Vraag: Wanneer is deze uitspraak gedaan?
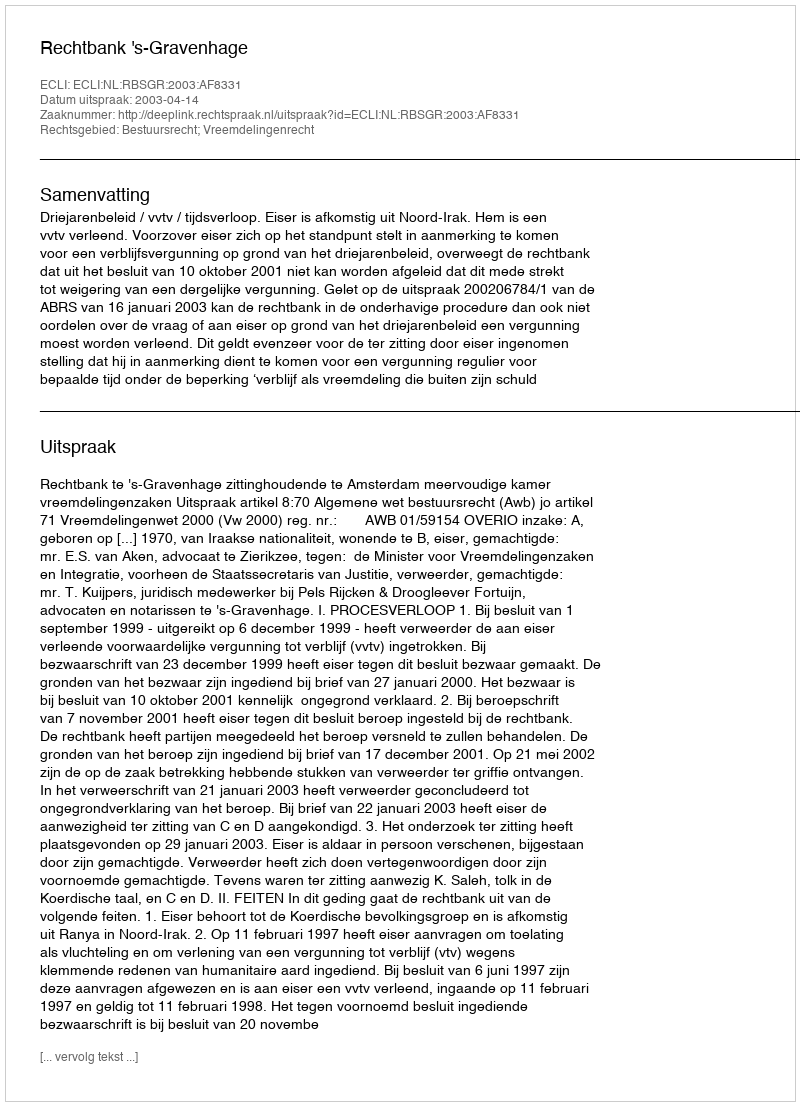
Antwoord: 2003-04-14